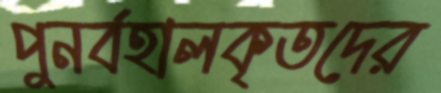
পুনর্বহালকৃতদের